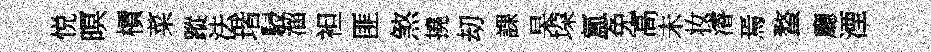
悦暝檟菜蹤法瑎駸溜袒匪煞撓刧課杲垜氲免高未妆濬焉蝥廳湮